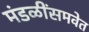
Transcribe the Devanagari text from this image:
मंडळींसमवेत